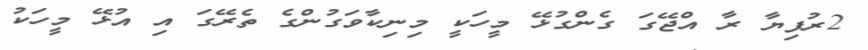
2ރުފިޔާ ރާ އްޖޭގަ ގެންގުޅޭ މީހަކީ މިނިކާވަގުންގެ ތެރޭގަ އި އުޅޭ މީހަކު